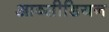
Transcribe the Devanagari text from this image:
आब्सीडियन